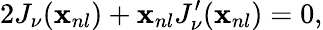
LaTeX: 2J_{\nu}(\mathbf{x}_{nl})+\mathbf{x}_{nl}J_{\nu}^{\prime}(\mathbf{x}_{nl})=0,